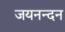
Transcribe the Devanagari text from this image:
जयनन्दन